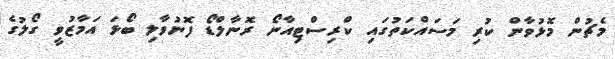
މެޗުން މޮޅުވާން ކުރި މަސައްކަތުގައި ކްރިސްޓިއާނޯ ރޮނާލްޑޯ ފޮނުވާލި ބޯޅަ އަމާޒުވީ ގޯލުގެ